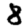
Digit: 8